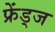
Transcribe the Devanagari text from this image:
फ्रेंड्ज